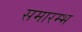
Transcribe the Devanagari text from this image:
समारम्भ